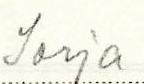
Sorja